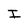
Character: I